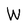
Character: W